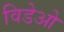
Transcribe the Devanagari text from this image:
विडेओ